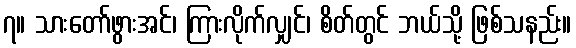
၇။ သားတော်ဖွားအင်၊ ကြားလိုက်လျှင်၊ စိတ်တွင် ဘယ်သို့ ဖြစ်သနည်း။